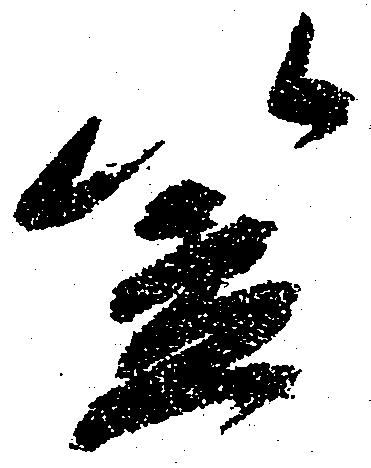
笠